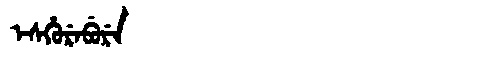
Manchu: ᡝᠰᡥᡠᡵᡝᠪᡠᡵᡝ
Romanization: ESHUREBURE